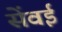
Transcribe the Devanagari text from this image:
सेंवई